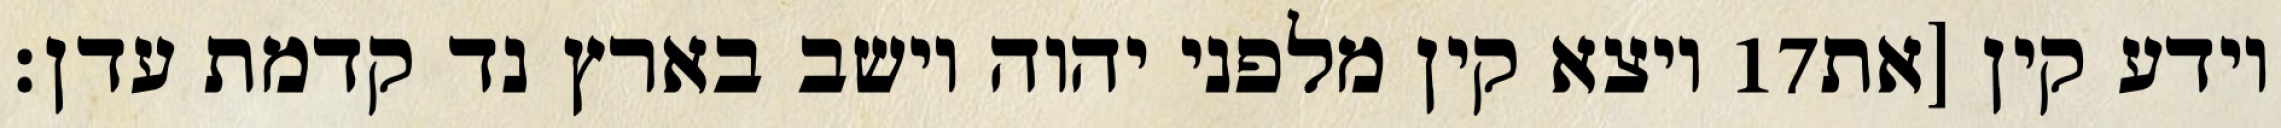
ויצא קין מלפני יהוה וישב בארץ נד קדמת עדן׃ ‎17‏ וידע קין [את